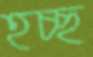
হচ্ছ